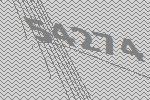
54274